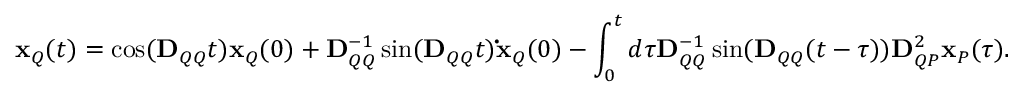
\mathbf { x } _ { Q } ( t ) = \cos ( \mathbf { D } _ { Q Q } t ) \mathbf { x } _ { Q } ( 0 ) + \mathbf { D } _ { Q Q } ^ { - 1 } \sin ( \mathbf { D } _ { Q Q } t ) \mathbf { \dot { x } } _ { Q } ( 0 ) - \int _ { 0 } ^ { t } d \tau \mathbf { D } _ { Q Q } ^ { - 1 } \sin ( \mathbf { D } _ { Q Q } ( t - \tau ) ) \mathbf { D } _ { Q P } ^ { 2 } \mathbf { x } _ { P } ( \tau ) .